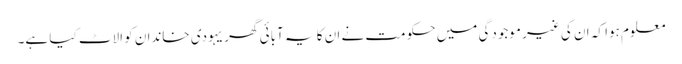
معلوم ہوا کہ ان کی غیر موجودگی میں حکومت نے ان کا یہ آبائی گھر یہودی خاندان کو الاٹ کیا ہے۔